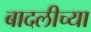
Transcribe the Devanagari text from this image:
बादलीच्या